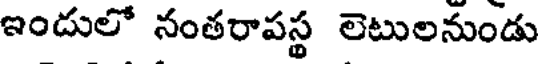
ఇందులో నంతరాపస్థ లెటులనుండు